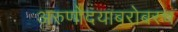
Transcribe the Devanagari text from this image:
अरुणोदयाबरोबरच